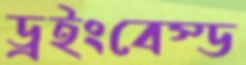
ড্রইংবেস্ড